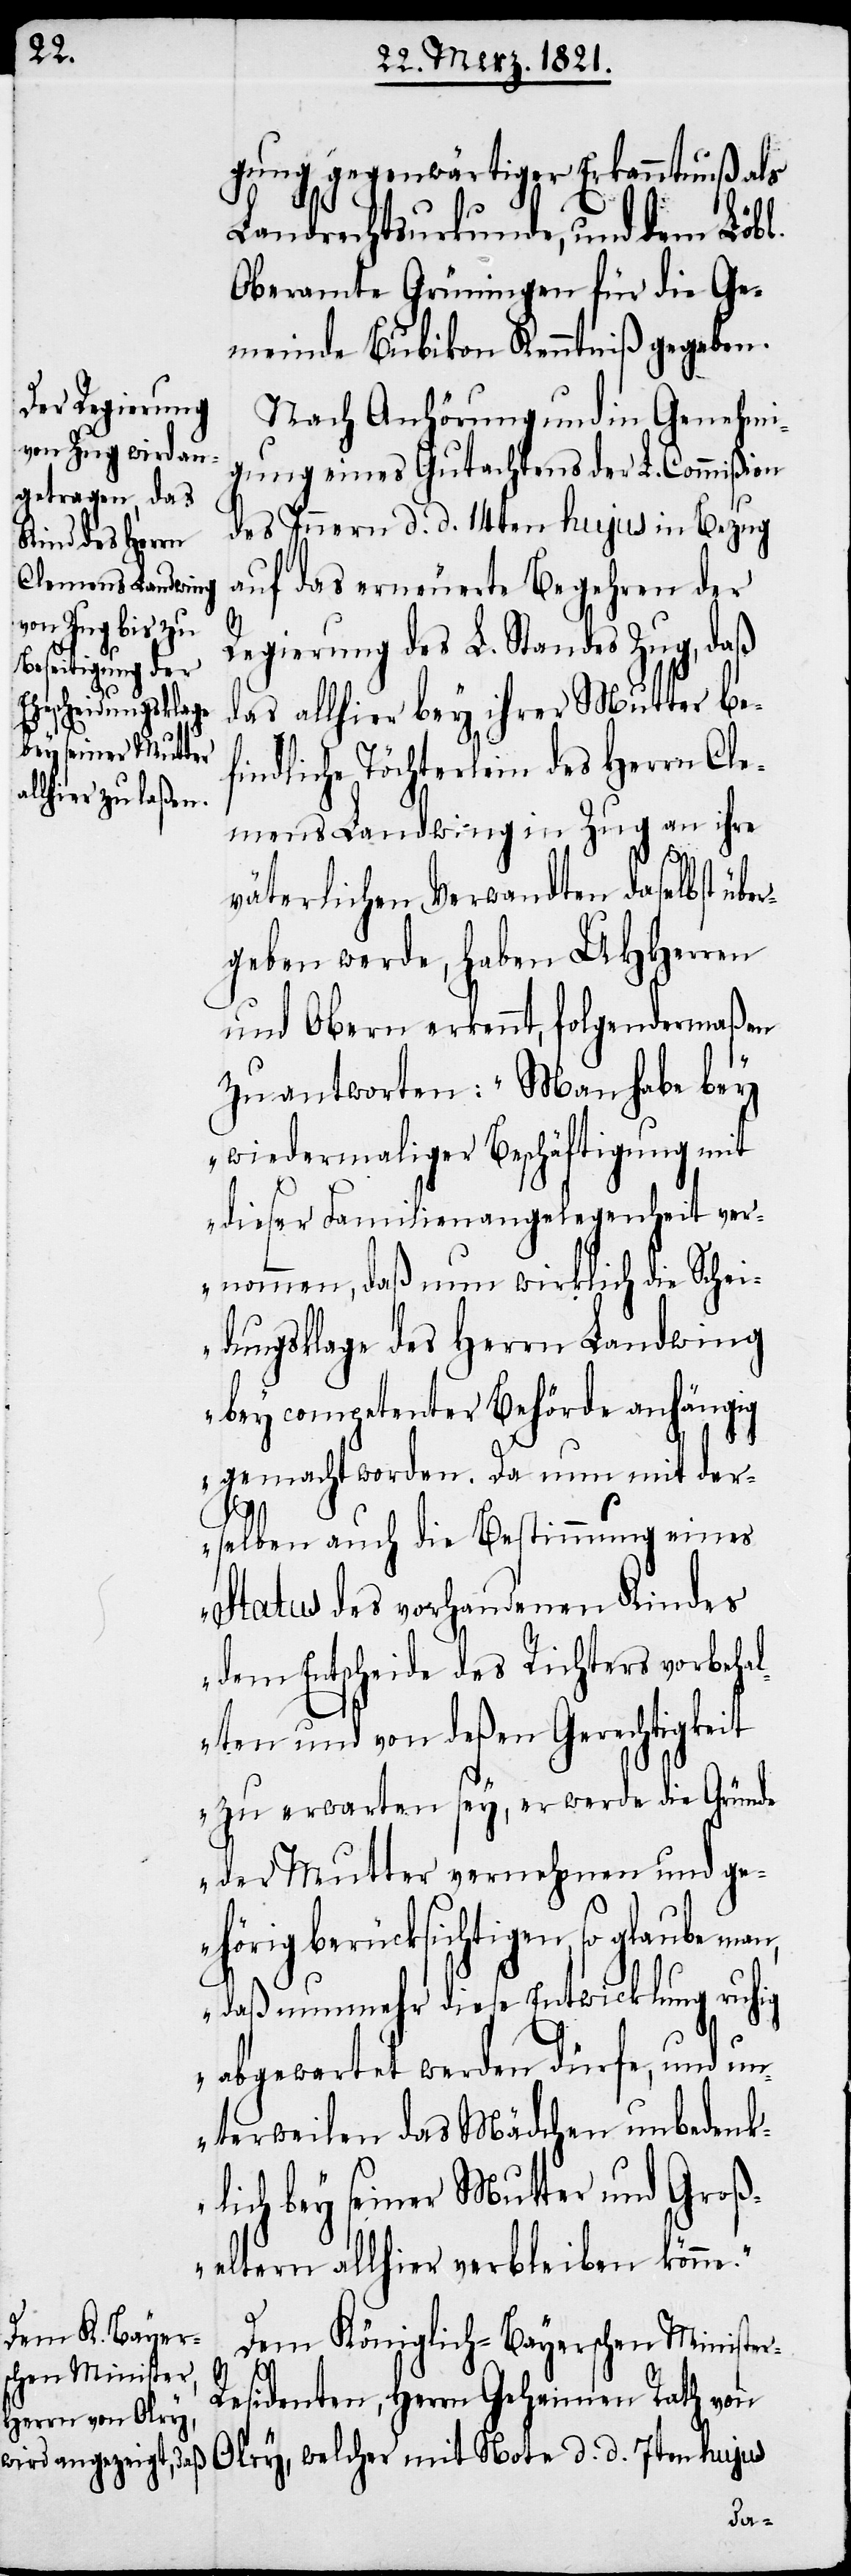
Nach Anhörung und in Genehmi¬
gung eines Gutachtens der L. Commißion
des Innern d. d. 14ten hujus in Bezug
auf das erneuerte Begehren der
Regierung des L. Standes Zug, daß
das allhier bey ihrer Mutter be¬
findliche Töchterlein des Herrn Cle¬
mens Landwing in Zug an ihre
väterlichen Verwandten daselbst übe¬
rgeben werde, haben UHHerren
und Obern erkennt, folgendermaßen
zu antworten: „Man habe bey
wiedermaliger Beschäftigung mit
dieser Familienangelegenheit ver¬
nommen, daß nun wirklich die Schei¬
dungsklage des Herrn Landwing
bey competenter Behörde anhängig
gemacht worden. Da nun mit der¬
selben auch die Bestimmung eines
Status des vorhandenen Kindes
dem Entscheide des Richters vorbeha¬
lten und von deßen Gerechtigkeit
zu erwarten sey, er werde die Gründe
der Mutter vernehmen und ge¬
hörig berücksichtigen, so glaube man,
daß nunmehr diese Entwicklung ruhig
abgewartet werden dürfe, und un¬
terweilen das Mädchen unbedenk¬
r-R¬
lich bey seiner Mutter und Groß¬
eltern allhier verbleiben könne.“
Dem Königlich-Bayerschen Ministe¬
esidenten, Herrn Geheimen Rath von
Olry, welcher mit Note d. d. 7ten hujus